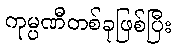
ကုမ္ပဏီတစ်ခုဖြစ်ပြီး